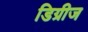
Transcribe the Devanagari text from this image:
डिग्रीज